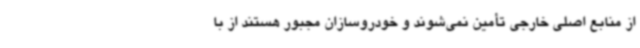
از منابع اصلی خارجی تأمین نمی‌شوند و خودروسازان مجبور هستند از با